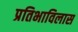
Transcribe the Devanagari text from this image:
प्रतिभाविलास